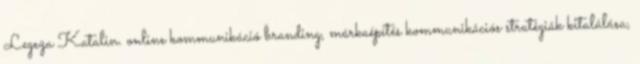
Legeza Katalin. online kommunikáció branding, márkaépítés kommunikációs stratégiák kitalálása,